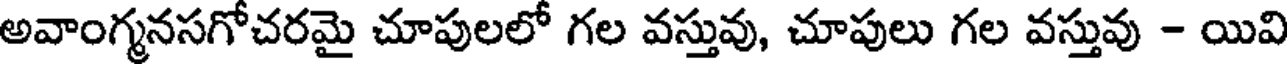
అవాంగ్మనసగోచరమై చూపులలో గల వస్తువు, చూపులు గల వస్తువు - యివి